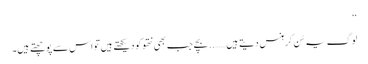
‘‘
لوگ یہ سُن کر ہنس دیتے ہیں…….. بچے جب بھی نتھو کو دیکھتے ہیں تو اس سے پوچھتے ہیں۔